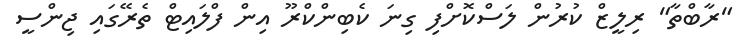
"ރާބްތާ" ރިލީޒް ކުރުން ލަސްކޮށްފި ގިނަ ކެބިންކްރޫ އިން ފްލައިޓް ތެރޭގައި ޖިންސީ